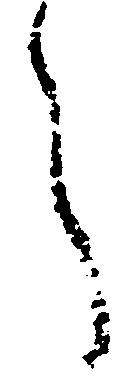
言